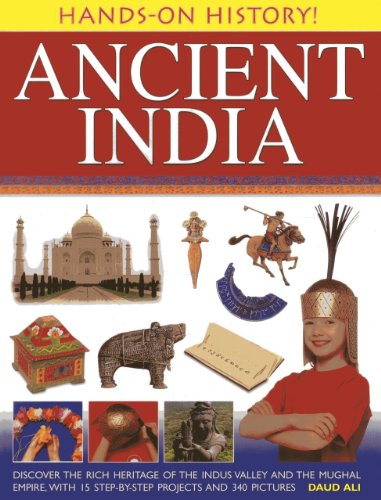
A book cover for Hands-On History! Ancient India: Discover the Rich Heritage of the Indus Valley and the Mughal Empire, with 15 Step-by-Step Projects and 340 Pictures; Daud Ali; Children's Books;